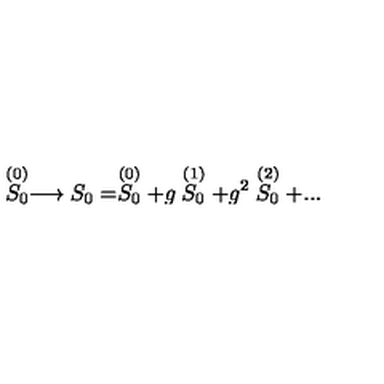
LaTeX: \stackrel { ( 0 ) } { S _ { 0 } } \longrightarrow S _ { 0 } = \stackrel { ( 0 ) } { S _ { 0 } } + g \stackrel { ( 1 ) } { S _ { 0 } } + g ^ { 2 } \stackrel { ( 2 ) } { S _ { 0 } } + . . .